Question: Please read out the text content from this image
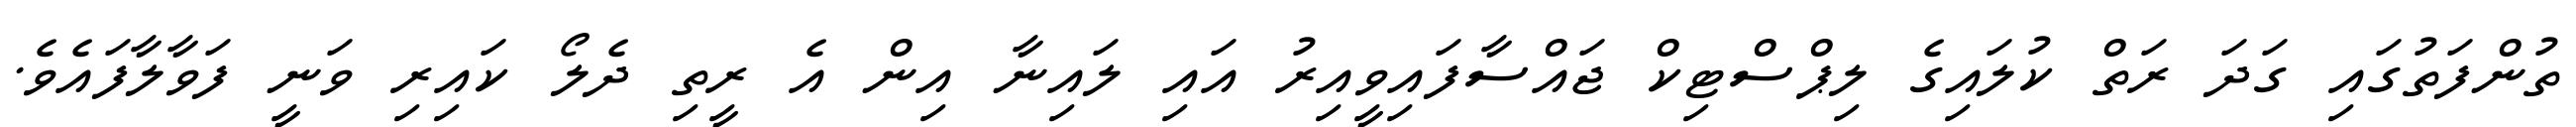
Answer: ތުންފަތުގައި ގަދަ ރަތް ކުލައިގެ ލިޕްސްޓިކް ޖައްސާފައިވީއިރު އައި ލައިނާ އިން އެ ރީތި ދެލޯ ކައިރި ވަނީ ފަވާލާފައެވެ.